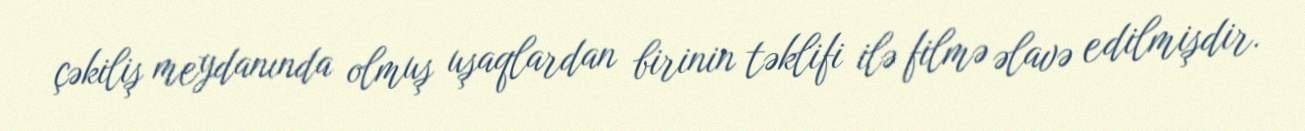
çəkiliş meydanında olmuş uşaqlardan birinin təklifi ilə filmə əlavə edilmişdir.